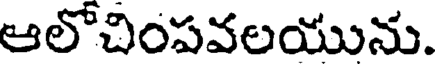
ఆలోచింపవలయును.